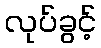
လုပ်ခွင့်